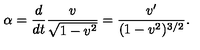
\alpha = \frac { d } { d t } \frac { v } { \sqrt { 1 - v ^ { 2 } } } = \frac { v ^ { \prime } } { ( 1 - v ^ { 2 } ) ^ { 3 / 2 } } .